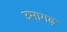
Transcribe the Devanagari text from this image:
उमागढ़